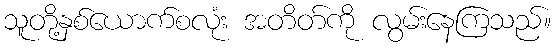
သူတို့နှစ်ယောက်စလုံး အတိတ်ကို လွမ်းနေကြသည်။